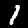
Digit: 1